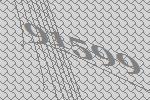
91599